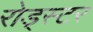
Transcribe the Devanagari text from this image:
रोड्स्टर